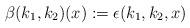
LaTeX: \begin{align*} \beta(k_1,k_2)(x):= \epsilon(k_1,k_2,x) \end{align*}